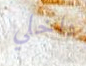
داخلي